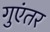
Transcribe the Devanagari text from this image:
गुएंतर